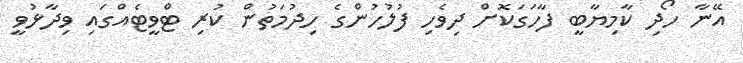
އޭނާ ހޯދި ކާމިޔާބީ ފާހަގަކޮށް ދިވެހި ފުލުހުންގެ ހިދުމަތުން ކުރި ޓްވީޓެއްގައި ވިދާޅުވީ